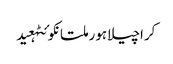
کراچیلاہورملتانکوئٹہعید